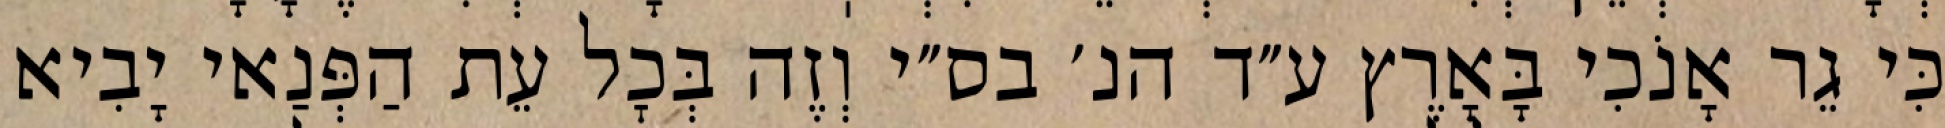
כִּי גֵר אָנֹכִי בָּאָרֶץ ע״ד הנ׳ בס״י וְזֶה בְּכׇל עֵת הַפְּנַאי יָבִיא